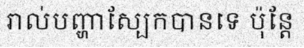
រាល់បញ្ហាស្បែកបានទេ ប៉ុន្តែ